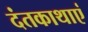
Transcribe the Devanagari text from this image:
दंतकाथाएं